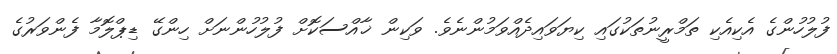
ފުލުހުންގެ އެކިއެކި ތަމްރީނުތަކުގައި ކިޔަވައިދެއްވަމުންނެވެ. ވަކިން ޚާއްސަކޮށް ފުލުހުންނަށް ހިންގޭ ޑިޕްލޮމާ ފެންވަރުގެ